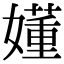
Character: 嬞